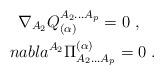
LaTeX: \begin{align*}\nabla_{A_2}{Q_{(\alpha)}^{A_2...A_p}} =0\ , \ \ \ \\nabla^{A_2}{\Pi^{(\alpha)}_{A_2...A_p}} =0\ .\end{align*}